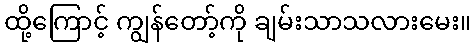
ထို့ကြောင့် ကျွန်တော့်ကို ချမ်းသာသလားမေး။